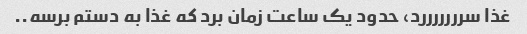
غذا سرررررررد، ‌حدود یک ساعت زمان برد که غذا به دستم برسه..